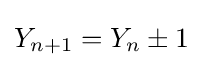
Y_{n+1}=Y_{n}\pm 1